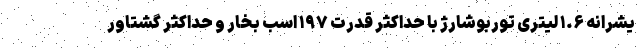
یشرانه ۱.۶ لیتری توربوشارژ با حداکثر قدرت ۱۹۷ اسب بخار و حداکثر گشتاور